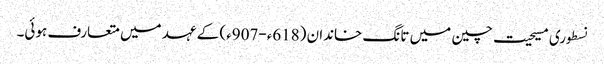
نسطوری مسیحیت چین میں تانگ خاندان (618ء-907ء) کے عہد میں متعارف ہوئی۔